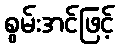
စွမ်းအင်ဖြင့်